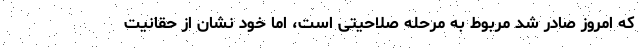
که امروز صادر شد مربوط به مرحله صلاحیتی است، اما خود نشان از حقانیت